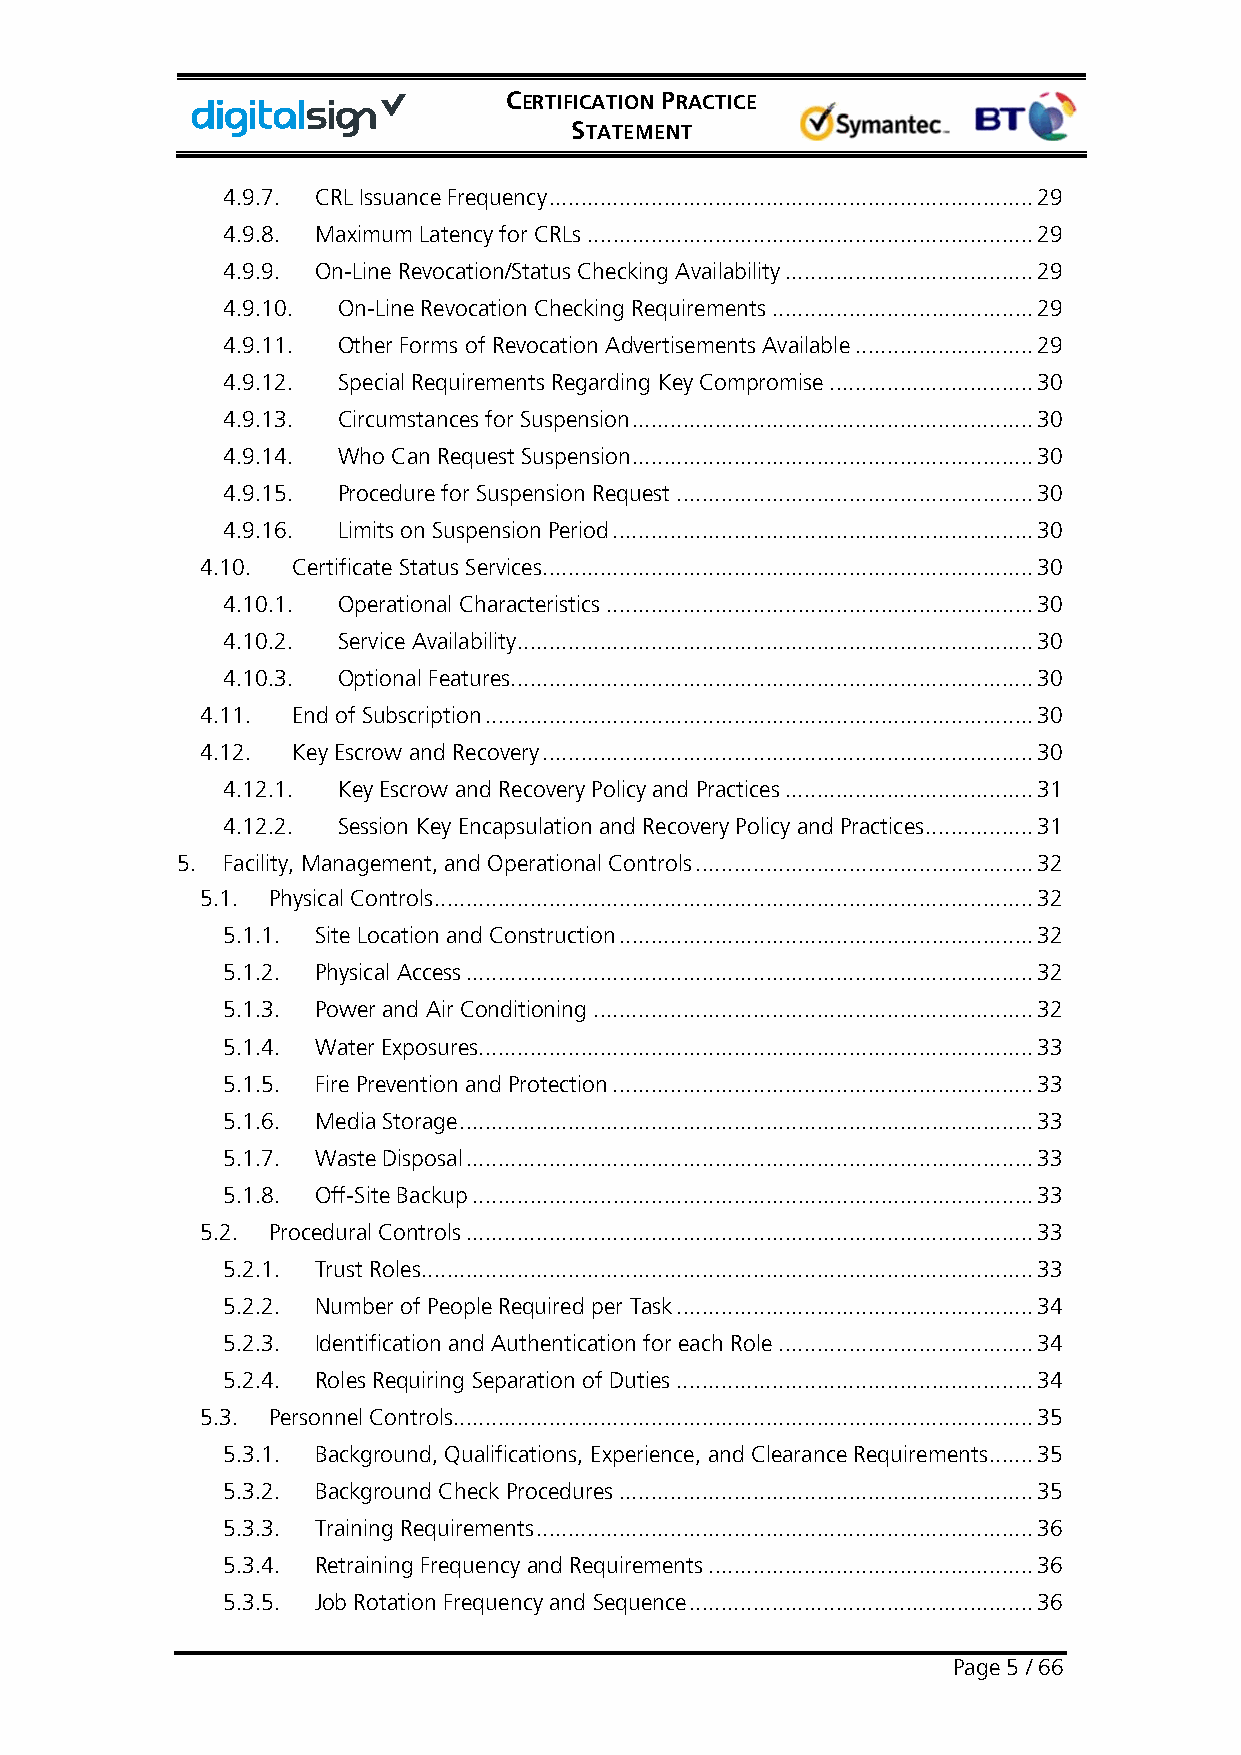
CERTIFICATION PRACTICE
 STATEMENT
 4.9.7. CRL Issuance Frequency ............................................................................ 29
 4.9.8. Maximum Latency for CRLs ...................................................................... 29
 4.9.9. On-Line Revocation/Status Checking Availability ....................................... 29
 4.9.10. On-Line Revocation Checking Requirements ......................................... 29
 4.9.11. Other Forms of Revocation Advertisements Available ............................ 29
 4.9.12. Special Requirements Regarding Key Compromise ................................ 30
 4.9.13. Circumstances for Suspension ............................................................... 30
 4.9.14. Who Can Request Suspension ............................................................... 30
 4.9.15. Procedure for Suspension Request ........................................................ 30
 4.9.16. Limits on Suspension Period .................................................................. 30
 4.10. Certificate Status Services ............................................................................. 30
 4.10.1. Operational Characteristics ................................................................... 30
 4.10.2. Service Availability ................................................................................. 30
 4.10.3. Optional Features .................................................................................. 30
 4.11. End of Subscription ...................................................................................... 30
 4.12. Key Escrow and Recovery ............................................................................. 30
 4.12.1. Key Escrow and Recovery Policy and Practices ....................................... 31
 4.12.2. Session Key Encapsulation and Recovery Policy and Practices ................. 31
 5. Facility, Management, and Operational Controls ..................................................... 32
 5.1. Physical Controls .............................................................................................. 32
 5.1.1. Site Location and Construction ................................................................. 32
 5.1.2. Physical Access ......................................................................................... 32
 5.1.3. Power and Air Conditioning ..................................................................... 32
 5.1.4. Water Exposures ....................................................................................... 33
 5.1.5. Fire Prevention and Protection .................................................................. 33
 5.1.6. Media Storage .......................................................................................... 33
 5.1.7. Waste Disposal ......................................................................................... 33
 5.1.8. Off-Site Backup ........................................................................................ 33
 5.2. Procedural Controls ......................................................................................... 33
 5.2.1. Trust Roles ................................................................................................ 33
 5.2.2. Number of People Required per Task ........................................................ 34
 5.2.3. Identification and Authentication for each Role ........................................ 34
 5.2.4. Roles Requiring Separation of Duties ........................................................ 34
 5.3. Personnel Controls ........................................................................................... 35
 5.3.1. Background, Qualifications, Experience, and Clearance Requirements ....... 35
 5.3.2. Background Check Procedures ................................................................. 35
 5.3.3. Training Requirements .............................................................................. 36
 5.3.4. Retraining Frequency and Requirements ................................................... 36
 5.3.5. Job Rotation Frequency and Sequence ...................................................... 36
 Page 5 / 66